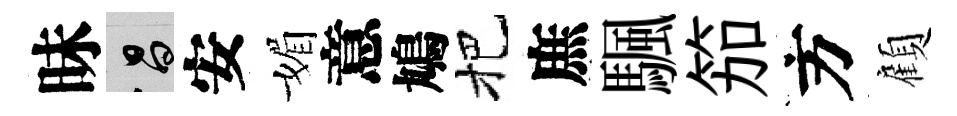
昧昌安媚意鳩把庶颿笳方顧